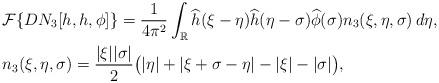
LaTeX: \begin{align*}&\mathcal{F}\{DN_3[h,h,\phi]\}=\frac{1}{4\pi^2}\int_{\mathbb{R}}\widehat{h}(\xi-\eta)\widehat{h}(\eta-\sigma)\widehat{\phi}(\sigma)n_3(\xi,\eta,\sigma)\,d\eta,\\&n_3(\xi,\eta,\sigma)=\frac{|\xi||\sigma|}{2}\big(|\eta|+|\xi+\sigma-\eta|-|\xi|-|\sigma|\big),\end{align*}